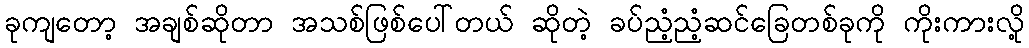
ခုကျတော့ အချစ်ဆိုတာ အသစ်ဖြစ်ပေါ်တယ် ဆိုတဲ့ ခပ်ညံ့ညံ့ဆင်ခြေတစ်ခုကို ကိုးကားလို့